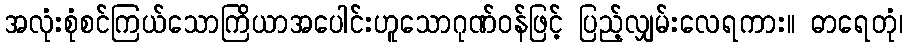
အလုံးစုံစင်ကြယ်သောကြိယာအပေါင်းဟူသောဂုဏ်ဝန်ဖြင့် ပြည့်လျှမ်းလေရကား။ ဓာရေတုံ၊